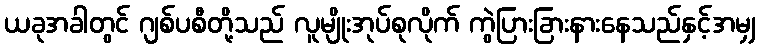
ယခုအခါတွင် ဂျစ်ပစီတို့သည် လူမျိုးအုပ်စုလိုက် ကွဲပြားခြားနားနေသည်နှင့်အမျှ